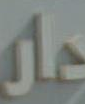
دار